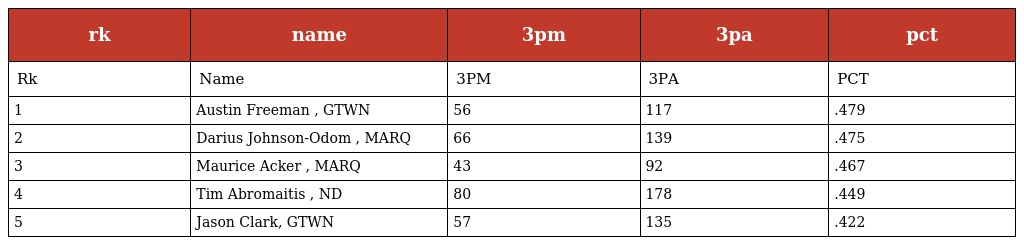
| rk | name | 3pm | 3pa | pct |
 | --- | --- | --- | --- | --- |
 | Rk | Name | 3PM | 3PA | PCT |
 | 1 | Austin Freeman , GTWN | 56 | 117 | .479 |
 | 2 | Darius Johnson-Odom , MARQ | 66 | 139 | .475 |
 | 3 | Maurice Acker , MARQ | 43 | 92 | .467 |
 | 4 | Tim Abromaitis , ND | 80 | 178 | .449 |
 | 5 | Jason Clark, GTWN | 57 | 135 | .422 |